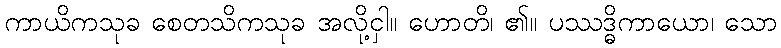
ကာယိကသုခ စေတသိကသုခ အလို့ငှါ။ ဟောတိ၊ ၏။ ပဿဒ္ဓိကာယော၊ သော